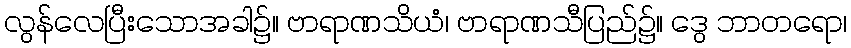
လွန်လေပြီးသောအခါ၌။ ဗာရာဏသိယံ၊ ဗာရာဏသီပြည်၌။ ဒွေ ဘာတရော၊